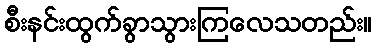
စီးနင်းထွက်ခွာသွားကြလေသတည်း။